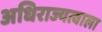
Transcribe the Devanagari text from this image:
अधिराज्यत्वाला